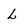
Character: L